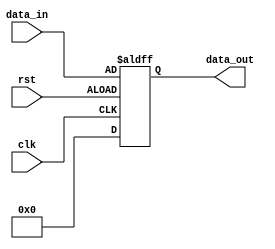
module Generate_Parameterized_Module #(parameter WIDTH = 8) (
  input clk,
  input rst,
  input [WIDTH-1:0] data_in,
  output reg [WIDTH-1:0] data_out
);

  // Define any specific functionalities or behaviors here based on parameters

  always @(posedge clk or negedge rst) begin
    if (rst) begin
      data_out <= '0;
    end else begin
      // Implement module behavior here
      data_out <= data_in;
    end
  end

endmodule